Report of the Imperial Institute of Veterinary Research, Muktesar
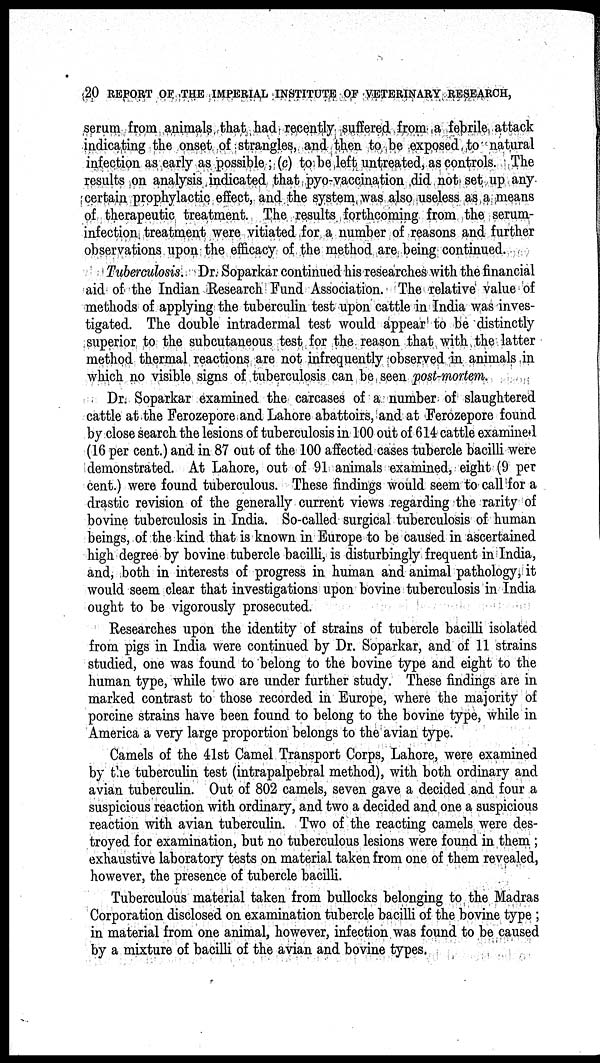
20 REPORT OF THE IMPERIAL INSTITUTE OF VETERINARY RESEARCH,
serum from animals that had recently suffered from a febrile attack
indicating the onset of strangles, and then to be exposed to natural
infection as early as possible ; (c) to be left untreated, as controls. The
results on analysis indicated that pyo-vaccination did not set up any
certain prophylactic effect, and the system was also useless as a means
of therapeutic treatment. The results forthcoming from the serum-
infection treatment were vitiated for a number of reasons and further
observations upon the efficacy of the method are being continued.
Tuberculosis. Dr. Soparkar continued his researches with the financial
aid of the Indian Research Fund Association. The relative value of
methods of applying the tuberculin test upon cattle in India was inves-
tigated. The double intradermal test would appear to be distinctly
superior to the subcutaneous test for the reason that with the latter
method thermal reactions are not infrequently observed in animals in
which no visible signs of tuberculosis can be seen post-mortem.
Dr. Soparkar examined the carcases of a number of slaughtered
cattle at the Ferozepore and Lahore abattoirs, and at Ferozepore found
by close search the lesions of tuberculosis in 100 out of 614 cattle examined
(16 per cent.) and in 87 out of the 100 affected cases tubercle bacilli were
demonstrated. At Lahore, out of 91 animals examined, eight (9 per
cent.) were found tuberculous. These findings would seem to call for a
drastic revision of the generally current views regarding the rarity of
bovine tuberculosis in India. So-called surgical tuberculosis of human
beings, of the kind that is known in Europe to be caused in ascertained
high degree by bovine tubercle bacilli, is disturbingly frequent in India,
and, both in interests of progress in human and animal pathology, it
would seem clear that investigations upon bovine tuberculosis in India
ought to be vigorously prosecuted.
Researches upon the identity of strains of tubercle bacilli isolated
from pigs in India were continued by Dr. Soparkar, and of 11 strains
studied, one was found to belong to the bovine type and eight to the
human type, while two are under further study. These findings are in
marked contrast to those recorded in Europe, where the majority of
porcine strains have been found to belong to the bovine type, while in
America a very large proportion belongs to the avian type.
Camels of the 41st Camel Transport Corps, Lahore, were examined
by the tuberculin test (intrapalpebral method), with both ordinary and
avian tuberculin. Out of 802 camels, seven gave a decided and four a
suspicious reaction with ordinary, and two a decided and one a suspicious
reaction with avian tuberculin. Two of the reacting camels were des-
troyed for examination, but no tuberculous lesions were found in them;
exhaustive laboratory tests on material taken from one of them revealed,
however, the presence of tubercle bacilli.
Tuberculous material taken from bullocks belonging to the Madras
Corporation disclosed on examination tubercle bacilli of the bovine type ;
in material from one animal, however, infection was found to be caused
by a mixture of bacilli of the avian and bovine types.